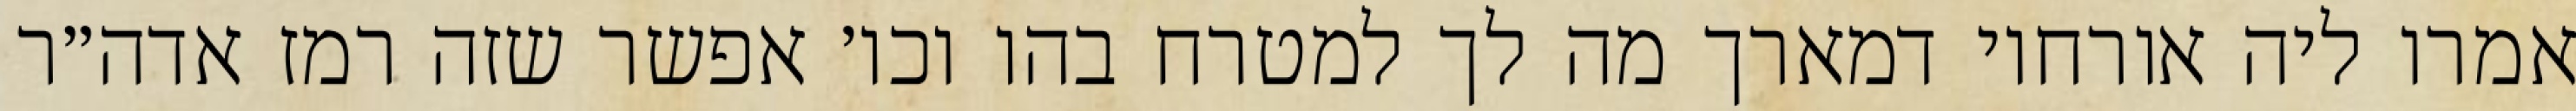
אמרו ליה אורחוי דמארך מה לך למטרח בהו וכו׳ אפשר שזה רמז אדה״ר